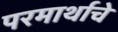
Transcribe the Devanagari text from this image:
परमार्थाचे